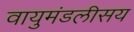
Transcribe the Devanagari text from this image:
वायुमंडलीसय